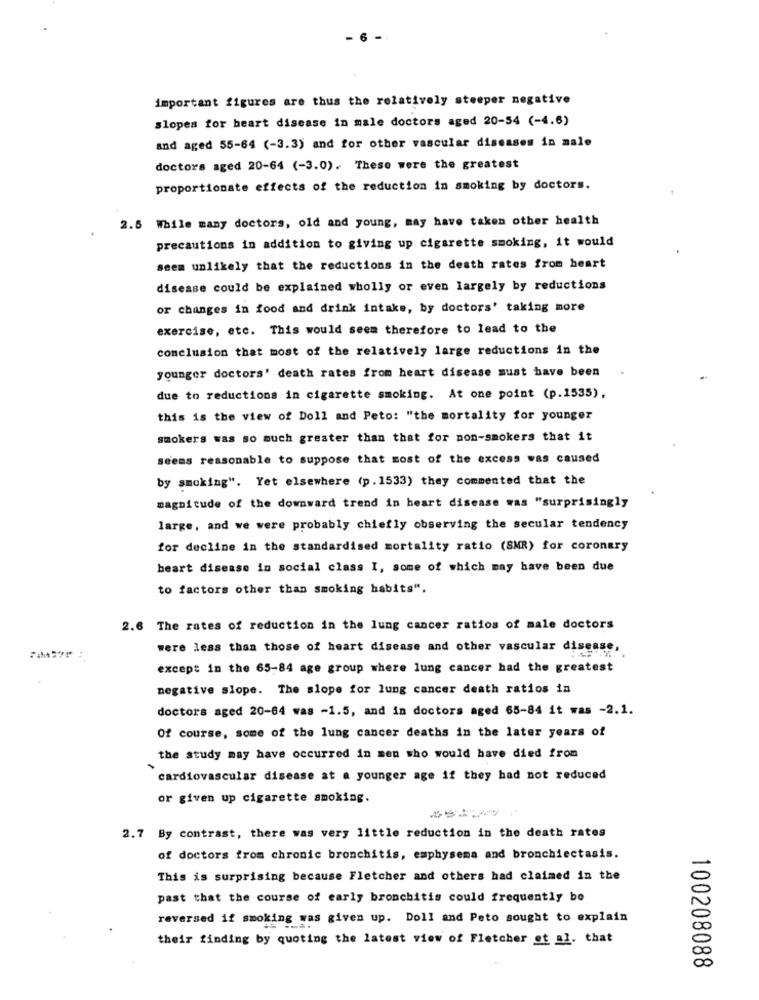
important figures are thus the relatively steeper negative
slopes for heart disease in male doctors aged 20-54 (-4.6)
and aged 55-64 (-3.3) and for other vascular diseases in male
doctors aged 20-64 (-3.0). These were the greatest
proportionate effects of the reduction in smoking by doctors.
2.5 While many doctors, old and young, may have taken other health
precautions in addition to giving up cigarette smoking, it would
seem unlikely that the reductions in the death rates from heart
disease could be explained wholly or even largely by reductions
or changes in food and drink intake, by doctors' taking more
exercise, etc. This would seem therefore to lead to the
conclusion that most of the relatively large reductions in the
younger doctors' death rates from heart disease must have been
due to reductions in cigarette smoking. At one point (p.1535),
this is the view of Doll and Peto: "the mortality for younger
smokers was so much greater than that for non-smokers that it
seems reasonable to suppose that most of the excess was caused
by smoking". Yet elsewhere (p. 1533) they commented that the
magnitude of the downward trend in heart disease was "surprisingly
large, and we were probably chiefly observing the secular tendency
for decline in the standardised mortality ratio (SMR) for coronary
heart disease in social class I, some of which may have been due
to factors other than smoking habits".
2.6 The rates of reduction in the lung cancer ratios of male doctors
were less than those of heart disease and other vascular disease,
except in the 65-84 age group where lung cancer had the greatest
negative slope. The slope for lung cancer death ratios in
doctors aged 20-64 was -1.5, and in doctors aged 65-84 it was -2.1.
Of course, some of the lung cancer deaths in the later years of
the study may have occurred in men who would have died from
cardiovascular disease at a younger age if they had not reduced
or given up cigarette smoking.
2.7 By contrast, there was very little reduction in the death rates
of doctors from chronic bronchitis, emphysema and bronchiectasis.
This is surprising because Fletcher and others had claimed in the
past that the course of early bronchitis could frequently be
reversed if smoking was given up. Doll and Peto sought to explain
their finding by quoting the latest view of Fletcher et al. that
100208088